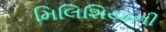
મિલિશિયાની